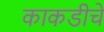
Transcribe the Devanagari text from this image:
काकडीचे